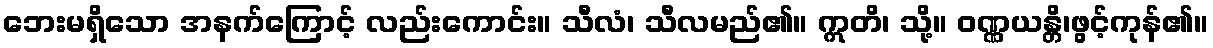
ဘေးမရှိသော အနက်ကြောင့် လည်းကောင်း။ သီလံ၊ သီလမည်၏။ ဣတိ၊ သို့။ ဝဏ္ဏယန္တိ၊ဖွင့်ကုန်၏။